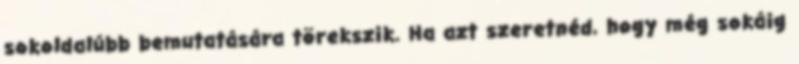
sokoldalúbb bemutatására törekszik. Ha azt szeretnéd, hogy még sokáig